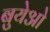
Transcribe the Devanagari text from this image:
बुयेओ